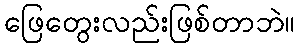
ဖြေတွေးလည်းဖြစ်တာဘဲ။